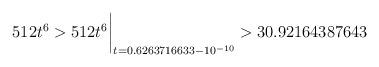
LaTeX: \begin{align*}512 t^6 > 512 t^6\biggr\rvert_{t=0.6263716633 - 10^{-10}} > 30.92164387643 \end{align*}